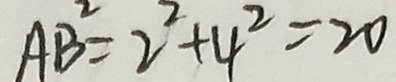
A B ^ { 2 } = 2 ^ { 2 } + 4 ^ { 2 } = 2 0